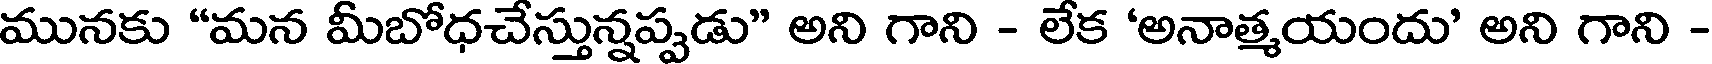
మునకు "మన మీబోధచేస్తున్నప్పడు" అని గాని - లేక 'అనాత్మయందు' అని గాని -